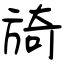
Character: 旑